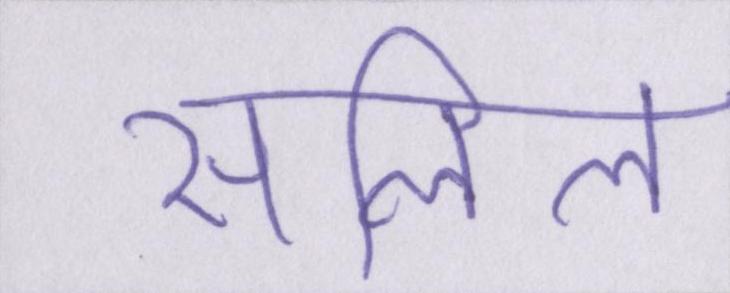
सलिल